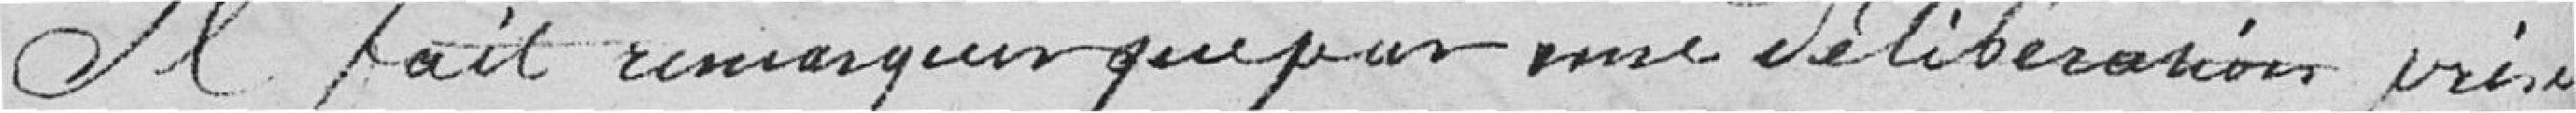
Il fait remarquer que par une délibération prise